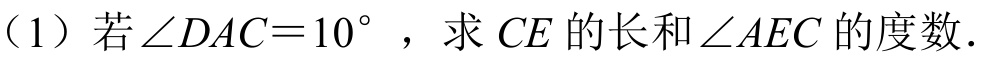
（1）若\(\angle DAC = 10^{\circ}\)，求 \(CE\)的长和\(\angle AEC\)的度数.